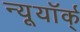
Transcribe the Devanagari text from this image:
न्यूयॉर्क्